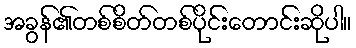
အခွန်၏တစ်စိတ်တစ်ပိုင်းတောင်းဆိုပါ။